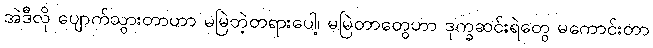
အဲဒီလို ပျောက်သွားတာဟာ မမြဲတဲ့တရားပေါ့၊ မမြဲတာတွေဟာ ဒုက္ခဆင်းရဲတွေ မကောင်းတာ